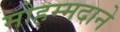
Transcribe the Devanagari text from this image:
मोहम्मदाने